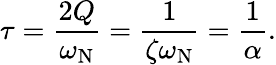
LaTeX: \tau={\frac{2Q}{\omega_{\mathrm{N}}}}={\frac{1}{\zeta\omega_{\mathrm{N}}}}={\frac{1}{\alpha}}.